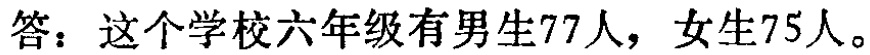
答：这个学校六年级有男生77人，女生75人。